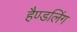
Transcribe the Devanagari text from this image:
हैण्डलिंग